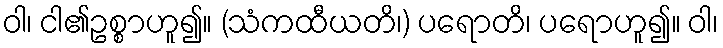
ဝါ၊ ငါ၏ဥစ္စာဟူ၍။ (သံကထီယတိ၊) ပရောတိ၊ ပရောဟူ၍။ ဝါ၊